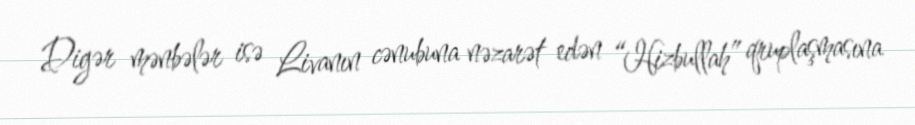
Digər mənbələr isə Livanın cənubuna nəzarət edən “Hizbullah” qruplaşmasına